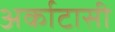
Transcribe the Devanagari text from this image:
अर्काटासी